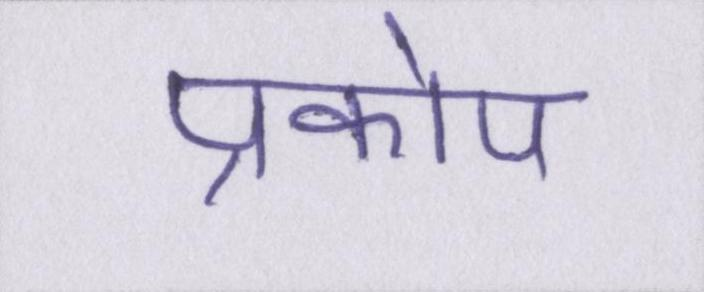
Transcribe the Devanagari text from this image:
प्रकोप